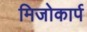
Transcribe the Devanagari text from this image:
मिजोकार्प